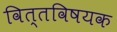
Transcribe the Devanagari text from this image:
वित्तविषयक